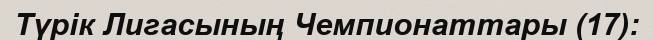
Түрік Лигасының Чемпионаттары (17):